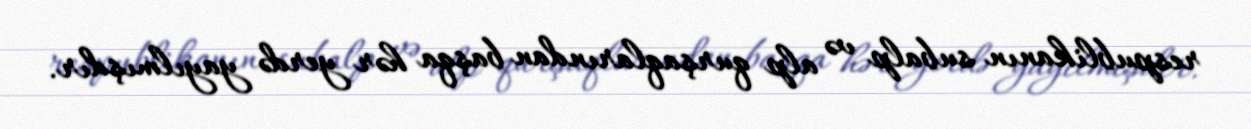
respublikanın subalp və alp qurşaqlarından başqa hər yerdə yayılmışdır.